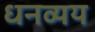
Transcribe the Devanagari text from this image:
धनव्यय